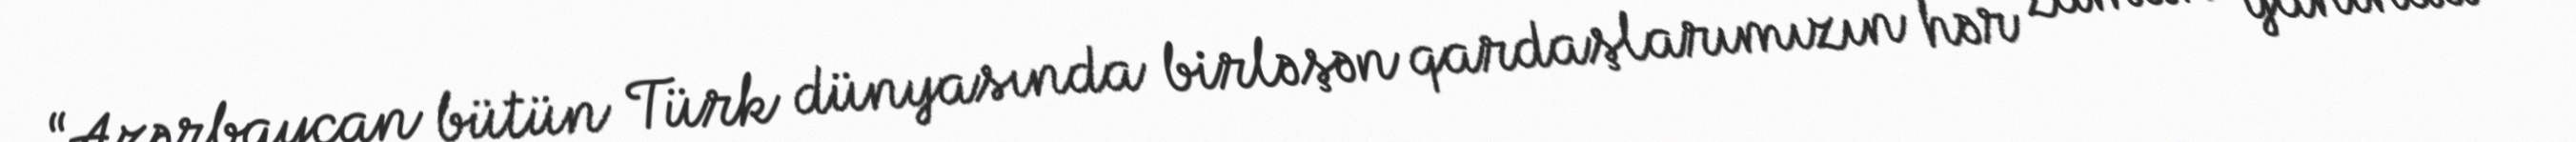
“Azərbaycan bütün Türk dünyasında birləşən qardaşlarımızın hər zaman yanında